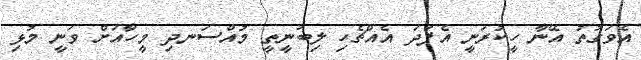
އެވަގުތު އޭނާ ހީކުރަނީ އެފަދަ އެއްޗެހި ލިބުނީތީ މުއްސަނދި މީހާއަށް ވަނީ މުޅި